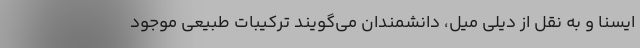
ایسنا و به نقل از دیلی میل، دانشمندان می‌گویند ترکیبات طبیعی موجود